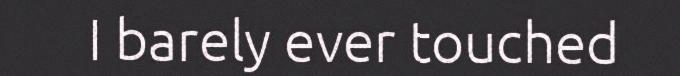
I barely ever touched